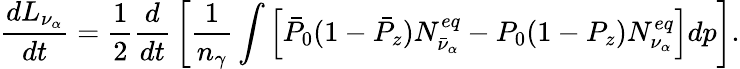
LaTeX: {\frac{dL_{\nu_{\alpha}}}{dt}}={\frac{1}{2}}{\frac{d}{dt}}\left[{\frac{1}{n_{\gamma}}}\int\left[\bar{P}_{0}(1-\bar{P}_{z})N_{\bar{\nu}_{\alpha}}^{eq}-P_{0}(1-P_{z})N_{\nu_{\alpha}}^{eq}\right]dp\right].